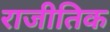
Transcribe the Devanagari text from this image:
राजीतिक